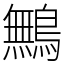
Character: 鷡